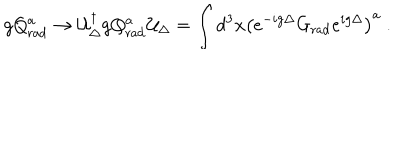
LaTeX: g Q _ { \mathrm { r a d } } ^ { a } \to { \cal U } _ { \Delta } ^ { \dagger } g Q _ { \mathrm { r a d } } ^ { a } { \cal U } _ { \Delta } = \int d ^ { 3 } x \left( e ^ { - i g \Delta } G _ { \mathrm { r a d } } e ^ { i g \Delta } \right) ^ { a } \ .